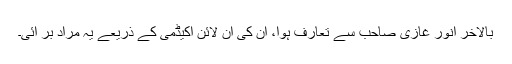
بالآخر انور غازی صاحب سے تعارف ہوا، ان کی آن لائن اکیڈمی کے ذریعے یہ مراد بر آئی۔